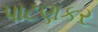
પાટણકર